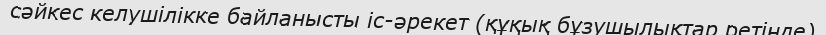
сәйкес келушілікке байланысты іс-әрекет (құқық бұзушылықтар ретінде)